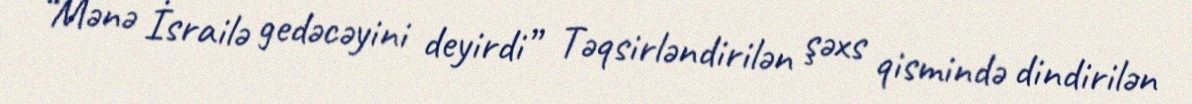
“Mənə İsrailə gedəcəyini deyirdi” Təqsirləndirilən şəxs qismində dindirilən